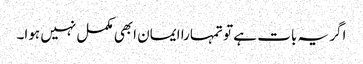
اگر یہ بات ہے تو تمہارا ایمان ابھی مکمل نہیں ہوا۔